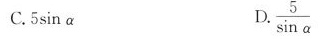
C.5sinα D. \frac{5}{\sinα}